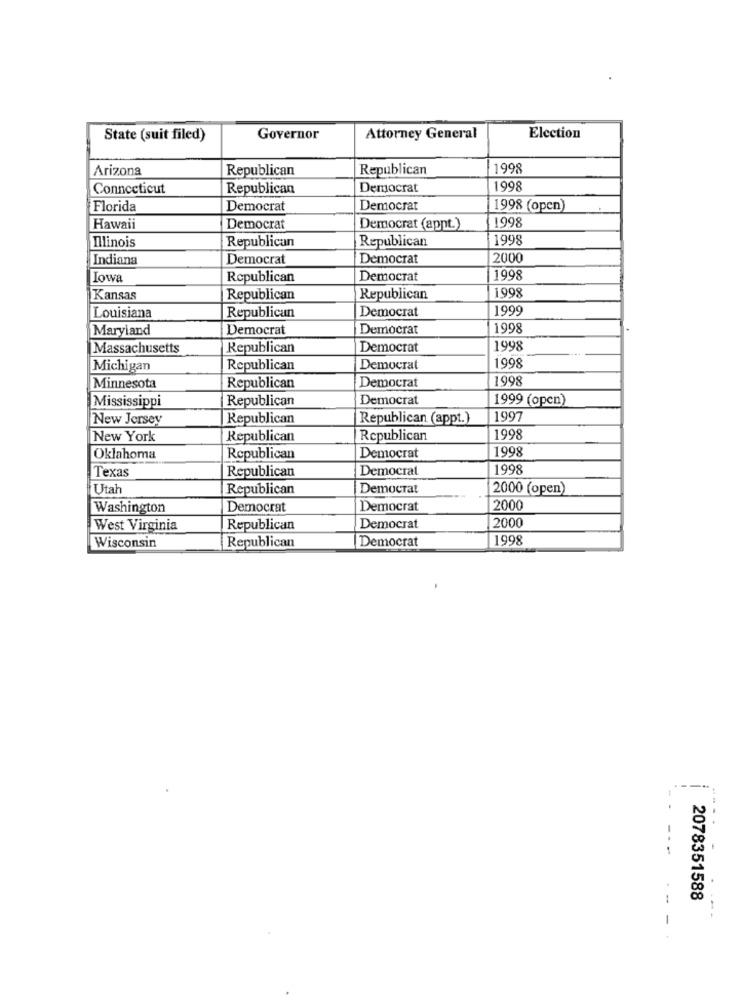
State (suit filed)
Governor
Attorney General
Election
Arizona
Republican
Republican
1998
Connecticut
Republican
Democrat
1998
Florida
Democrat
Democrat
1998 (open)
1998
Hawaii
Democrat
Democrat (appt.)
Illinois
Republican
Republican
1998
Indiana
Democrat
Democrat
2000
Iowa
Republican
Democrat
1998
1998
Kansas
Republican
Republican
Louisiana
Republican
Democrat
1999
Maryland
Democrat
Democrat
1998
Massachusetts
Republican
Democrat
1998
1998
Michigan
Republican
Democrat
Democrat
1998
Minnesota
Republican
Mississippi
Republican
Democrat
1999 (open)
New Jersey
Republican
Republican (appt.)
1997
New York
Republican
Republican
1998
1998
Oklahoma
Republican
Democrat
Texas
Republican
Democrat
1998
Utah
Republican
Democrat
2000 (open)
Washington
Democrat
Democrat
2000
West Virginia
Republican
Democrat
2000
Republican
Democrat
1998
Wisconsin
2078351588